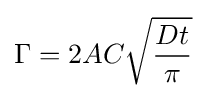
\Gamma =2AC{\sqrt {\frac {Dt}{\pi }}}